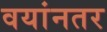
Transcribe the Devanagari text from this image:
वयांनतर